Civil Veterinary Department. United Provinces 1932-42 - 1932-1942
Year: 1932
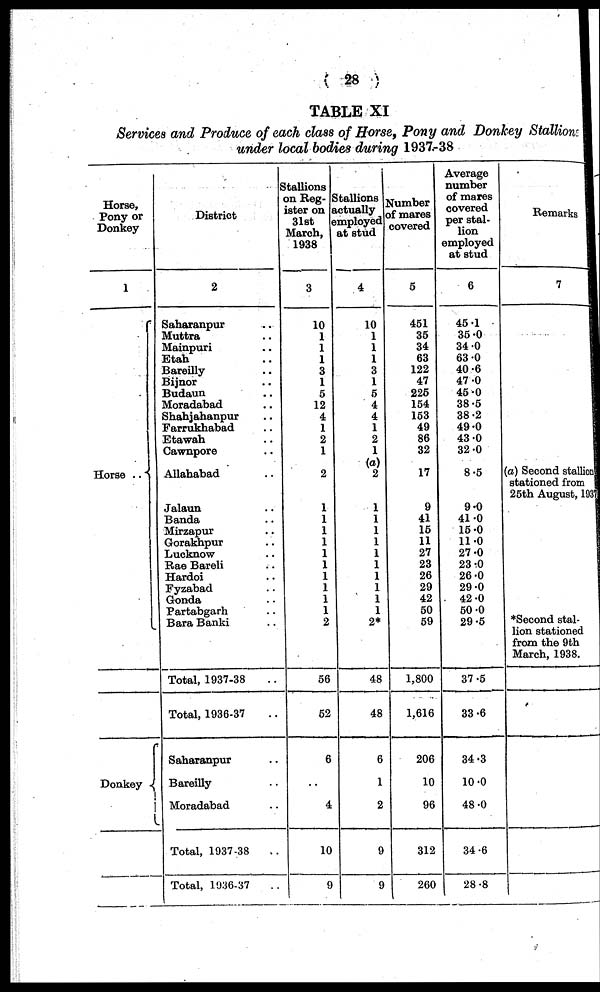
(28)
TABLE XI
Services and Produce of each class of Horse, Pony and Donkey Stallions
under local bodies during 1937.-38
Horse,
Pony or
Donkey
1
Horse
..
Donkey
District
2
Saharanpur ..
Muttra ..
Mainpuri ..
Etah ..
Bareilly ..
Bijnor ..
Budaun ..
Moradabad ..
Shahjahanpur ..
Farrukhabad ..
Etawah ..
Cawnpore ..
Allahabad..
Jalaun ..
Banda ..
Mirzapur ..
Gorakhpur ..
Lucknow ..
Rae Bareli ..
Hardoi ..
Fyzabad ..
Gonda ..
Partabgarh ..
Bara Banki ..
Total, 1937-38 ..
Total, 1936-37 ..
Saharanpur ..
Bareilly ..
Moradabad ..
Total, 1937-38 ..
Total, 1936-37 ..
Stallions
on Reg-
ister on
31st
March,
1938
3
10
1
1
1
3
1
5
12
4
1
2
1
2
1
1
1
1
1
1
1
1
1
1
2
56
52
6
..
4
10
9
Stallions
actually
employed
at stud
4
10
1
1
1
3
1
5
4
4
1
2
1
(a)
2
1
1
1
1
1
1
1
1
1
1
2*
48
48
6
1
2
9
9
Number
of mares
covered
5
451
35
34
63
122
47
225
154
153
49
86
32
17
9
41
15
11
27
23
26
29
42
50
59
1,800
1,616
206
10
96
312
260
Average
number
of mares
covered
per stal-
lion
employed
at stud
6
45.1
35.0
34.0
63.0
40.6
47.0
45.0
38.5
38.2
49.0
43.0
32.0
8.5
9.0
41.0
15.0
11.0
27.0
23.0
26.0
29.0
42.0
50.0
29.5
37.5
33.6
34.3
10.0
48.0
34.6
28.8
Remarks
7
(a) Second stallion
stationed from
25th August, 1937
*Second stal-
lion stationed
from the 9th
March, 1938.